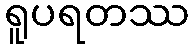
ရူပရတဿ